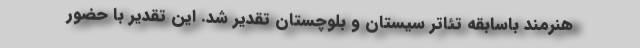
هنرمند باسابقه تئاتر سیستان و بلوچستان تقدیر شد. این تقدیر با حضور